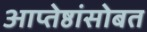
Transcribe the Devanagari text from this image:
आप्तेष्ठांसोबत